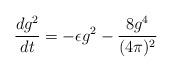
LaTeX: \begin{align*}\frac{d g^2}{d t}=- \epsilon g^2 - \frac{8 g^4}{(4 \pi)^2}\end{align*}